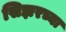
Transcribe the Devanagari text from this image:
सिझरच्या